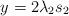
LaTeX: \begin{align*}y &= 2\lambda_2s_2 \end{align*}